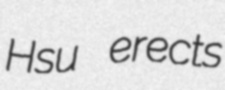
Hsu erects